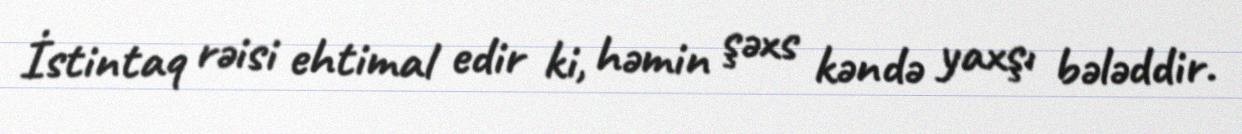
İstintaq rəisi ehtimal edir ki, həmin şəxs kəndə yaxşı bələddir.